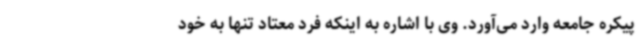
پیکره جامعه وارد می‌آورد. وی با اشاره به اینکه فرد معتاد تنها به خود